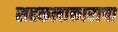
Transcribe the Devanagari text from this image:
सहकलाकाराचा